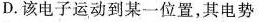
D.该电子运动到某一位置，其电势